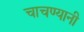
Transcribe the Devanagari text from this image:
चाचण्यानी